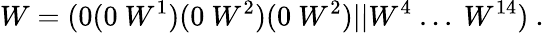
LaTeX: W=(0(0~W^{1})(0~W^{2})(0~W^{2})\vert\vert W^{4}~...~W^{14})~.